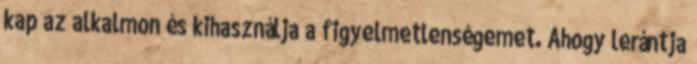
kap az alkalmon és kihasználja a figyelmetlenségemet. Ahogy lerántja